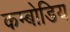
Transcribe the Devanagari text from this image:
कम्बोडिय